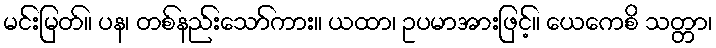
မင်းမြတ်။ ပန၊ တစ်နည်းသော်ကား။ ယထာ၊ ဥပမာအားဖြင့်။ ယေကေစိ သတ္တာ၊